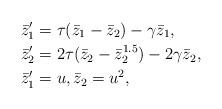
LaTeX: \begin{align*}& \bar{z}'_1=\tau(\bar{z}_1-\bar{z}_2)-\gamma \bar{z}_1, \\& \bar{z}'_2=2\tau(\bar{z}_2-\bar{z}_2^{1.5})-2\gamma \bar{z}_2, \\& \bar{z}'_1=u, \bar{z}_2=u^2, \end{align*}